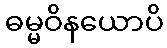
ဓမ္မဝိနယောပိ